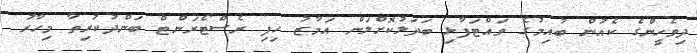
ދިވެހީންގެ ކެއުން ބުއިމުގެ ވައްޓަފާޅި ބަދަލުކޮށްލަން އަމާޒު ހިފި ރެސްޓޯރަންޓް ބަންދުކުރިތާ މިހާރު